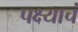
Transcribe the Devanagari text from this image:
पक्ष्याचं